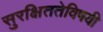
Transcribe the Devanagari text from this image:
सुरक्षिततेविषयी